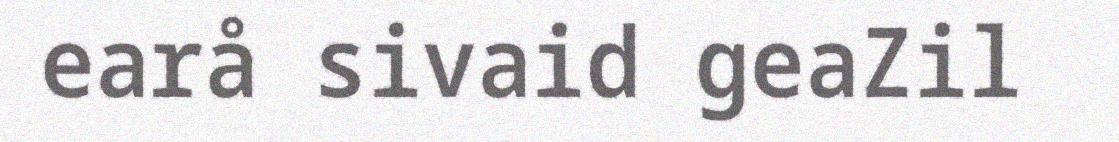
earå sivaid geaZil